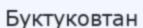
Буктуковтан